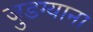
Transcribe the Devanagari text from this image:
जुडग्याना